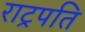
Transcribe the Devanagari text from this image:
राट्रपति